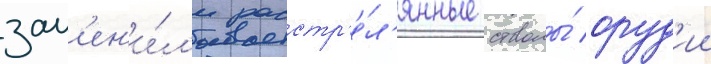
зам'ен'и́л'и расстр'е́л'янные стволы́ оруд'ии